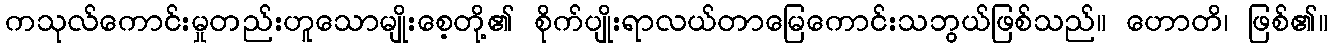
ကသုလ်ကောင်းမှုတည်းဟူသောမျိုးစေ့တို့၏ စိုက်ပျိုးရာလယ်တာမြေကောင်းသဘွယ်ဖြစ်သည်။ ဟောတိ၊ ဖြစ်၏။